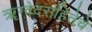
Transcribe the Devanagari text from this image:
ॠग्वेदसंहितेचे